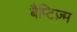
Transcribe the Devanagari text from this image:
बैप्टिज़्म